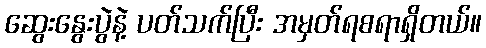
ဆွေးနွေးပွဲနဲ့ ပတ်သက်ပြီး အမှတ်ရစရာရှိတယ်။